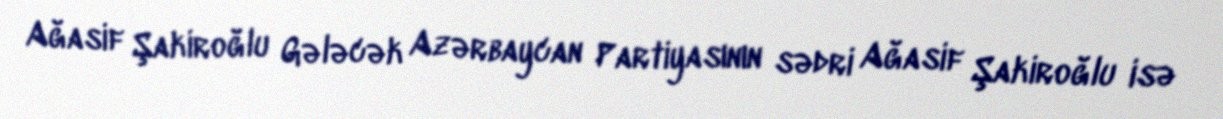
Ağasif Şakiroğlu Gələcək Azərbaycan Partiyasının sədri Ağasif Şakiroğlu isə